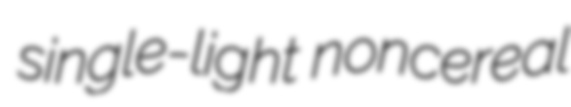
single-light noncereal